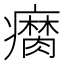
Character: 𤻚